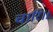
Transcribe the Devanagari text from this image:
चारि॥